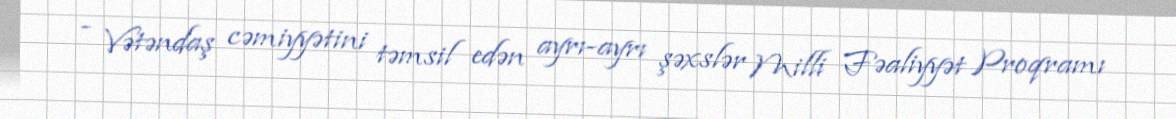
- Vətəndaş cəmiyyətini təmsil edən ayrı-ayrı şəxslər Milli Fəaliyyət Proqramı